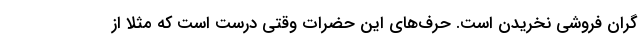
گران فروشی نخریدن است. حرف‌های این حضرات وقتی درست است که مثلا از